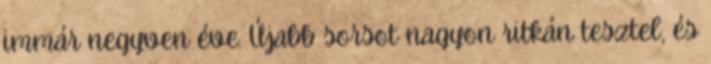
immár negyven éve. Újabb sorsot nagyon ritkán tesztel, és